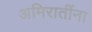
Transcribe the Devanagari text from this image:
अमिरातींना